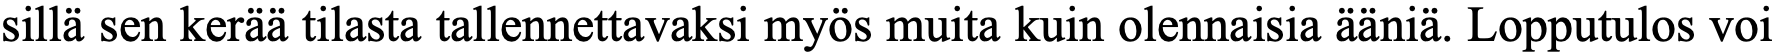
sillä sen kerää tilasta tallennettavaksi myös muita kuin olennaisia ääniä. Lopputulos voi